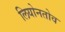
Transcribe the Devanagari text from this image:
लियोनतोव